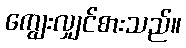
ကျွေးလျှင်စားသည်။